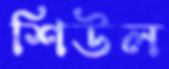
শিউল